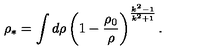
\rho _ { * } = \int d \rho \left( 1 - \frac { \rho _ { 0 } } { \rho } \right) ^ { \frac { k ^ { 2 } - 1 } { k ^ { 2 } + 1 } } .